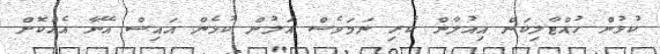
ކުޅުން ހުއްޓާލިކަން އިއުލާން ކުރި ނަމަވެސް އަލުން ކުޅެން އައިސް އޭނާ އެއްކޮށް